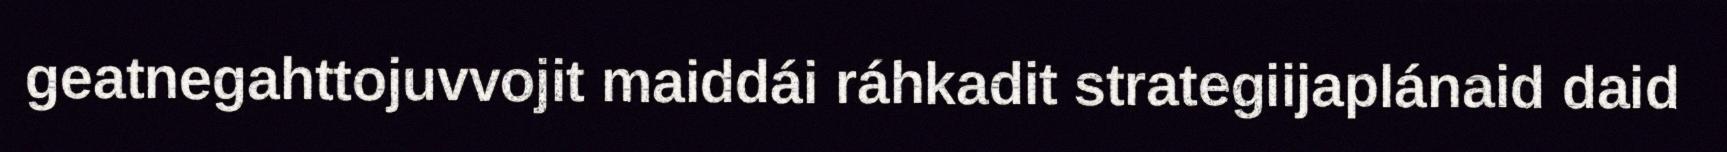
geatnegahttojuvvojit maiddái ráhkadit strategiijaplánaid daid